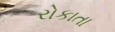
રોકાતા